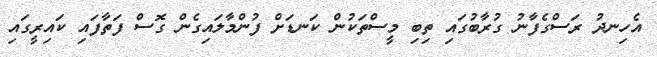
އެހިނދު ރަސްގެފާނު ގުރާބުގައި ތިބި މީސްތަކުން ކަނޑަށް ފުންމާލައިގެން ގޮސް ފަތާފައި ކައިރީގައި